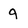
Character: 9